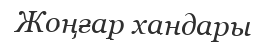
Жоңғар хандары